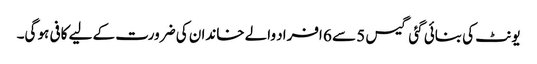
یونٹ کی بنائی گئی گیس 5 سے 6 افراد والے خاندان کی ضرورت کے لیے کافی ہو گی۔